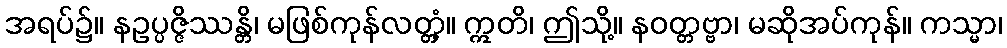
အရပ်၌။ နဥပ္ပဇ္ဇိဿန္တိ၊ မဖြစ်ကုန်လတ္တံ့။ ဣတိ၊ ဤသို့။ နဝတ္တဗ္ဗာ၊ မဆိုအပ်ကုန်။ ကသ္မာ၊